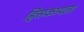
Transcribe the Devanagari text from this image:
हिसकायला